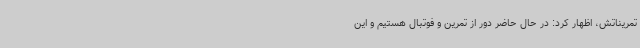
تمریناتش، اظهار کرد: در حال حاضر دور از تمرین و فوتبال هستیم و این